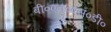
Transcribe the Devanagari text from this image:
बी०एन०एस०डी०